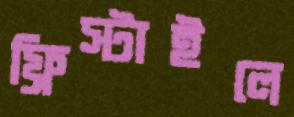
ফ্রিস্টাইলে